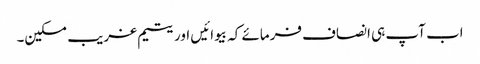
اب آپ ہی انصاف فرمائے کہ بیوائیں اور یتیم غریب مسکین۔